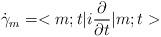
LaTeX: \begin{align*}\dot{\gamma}_m = <m; t|i\frac{\partial}{\partial t}|m; t>\end{align*}